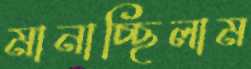
মানাচ্ছিলাম